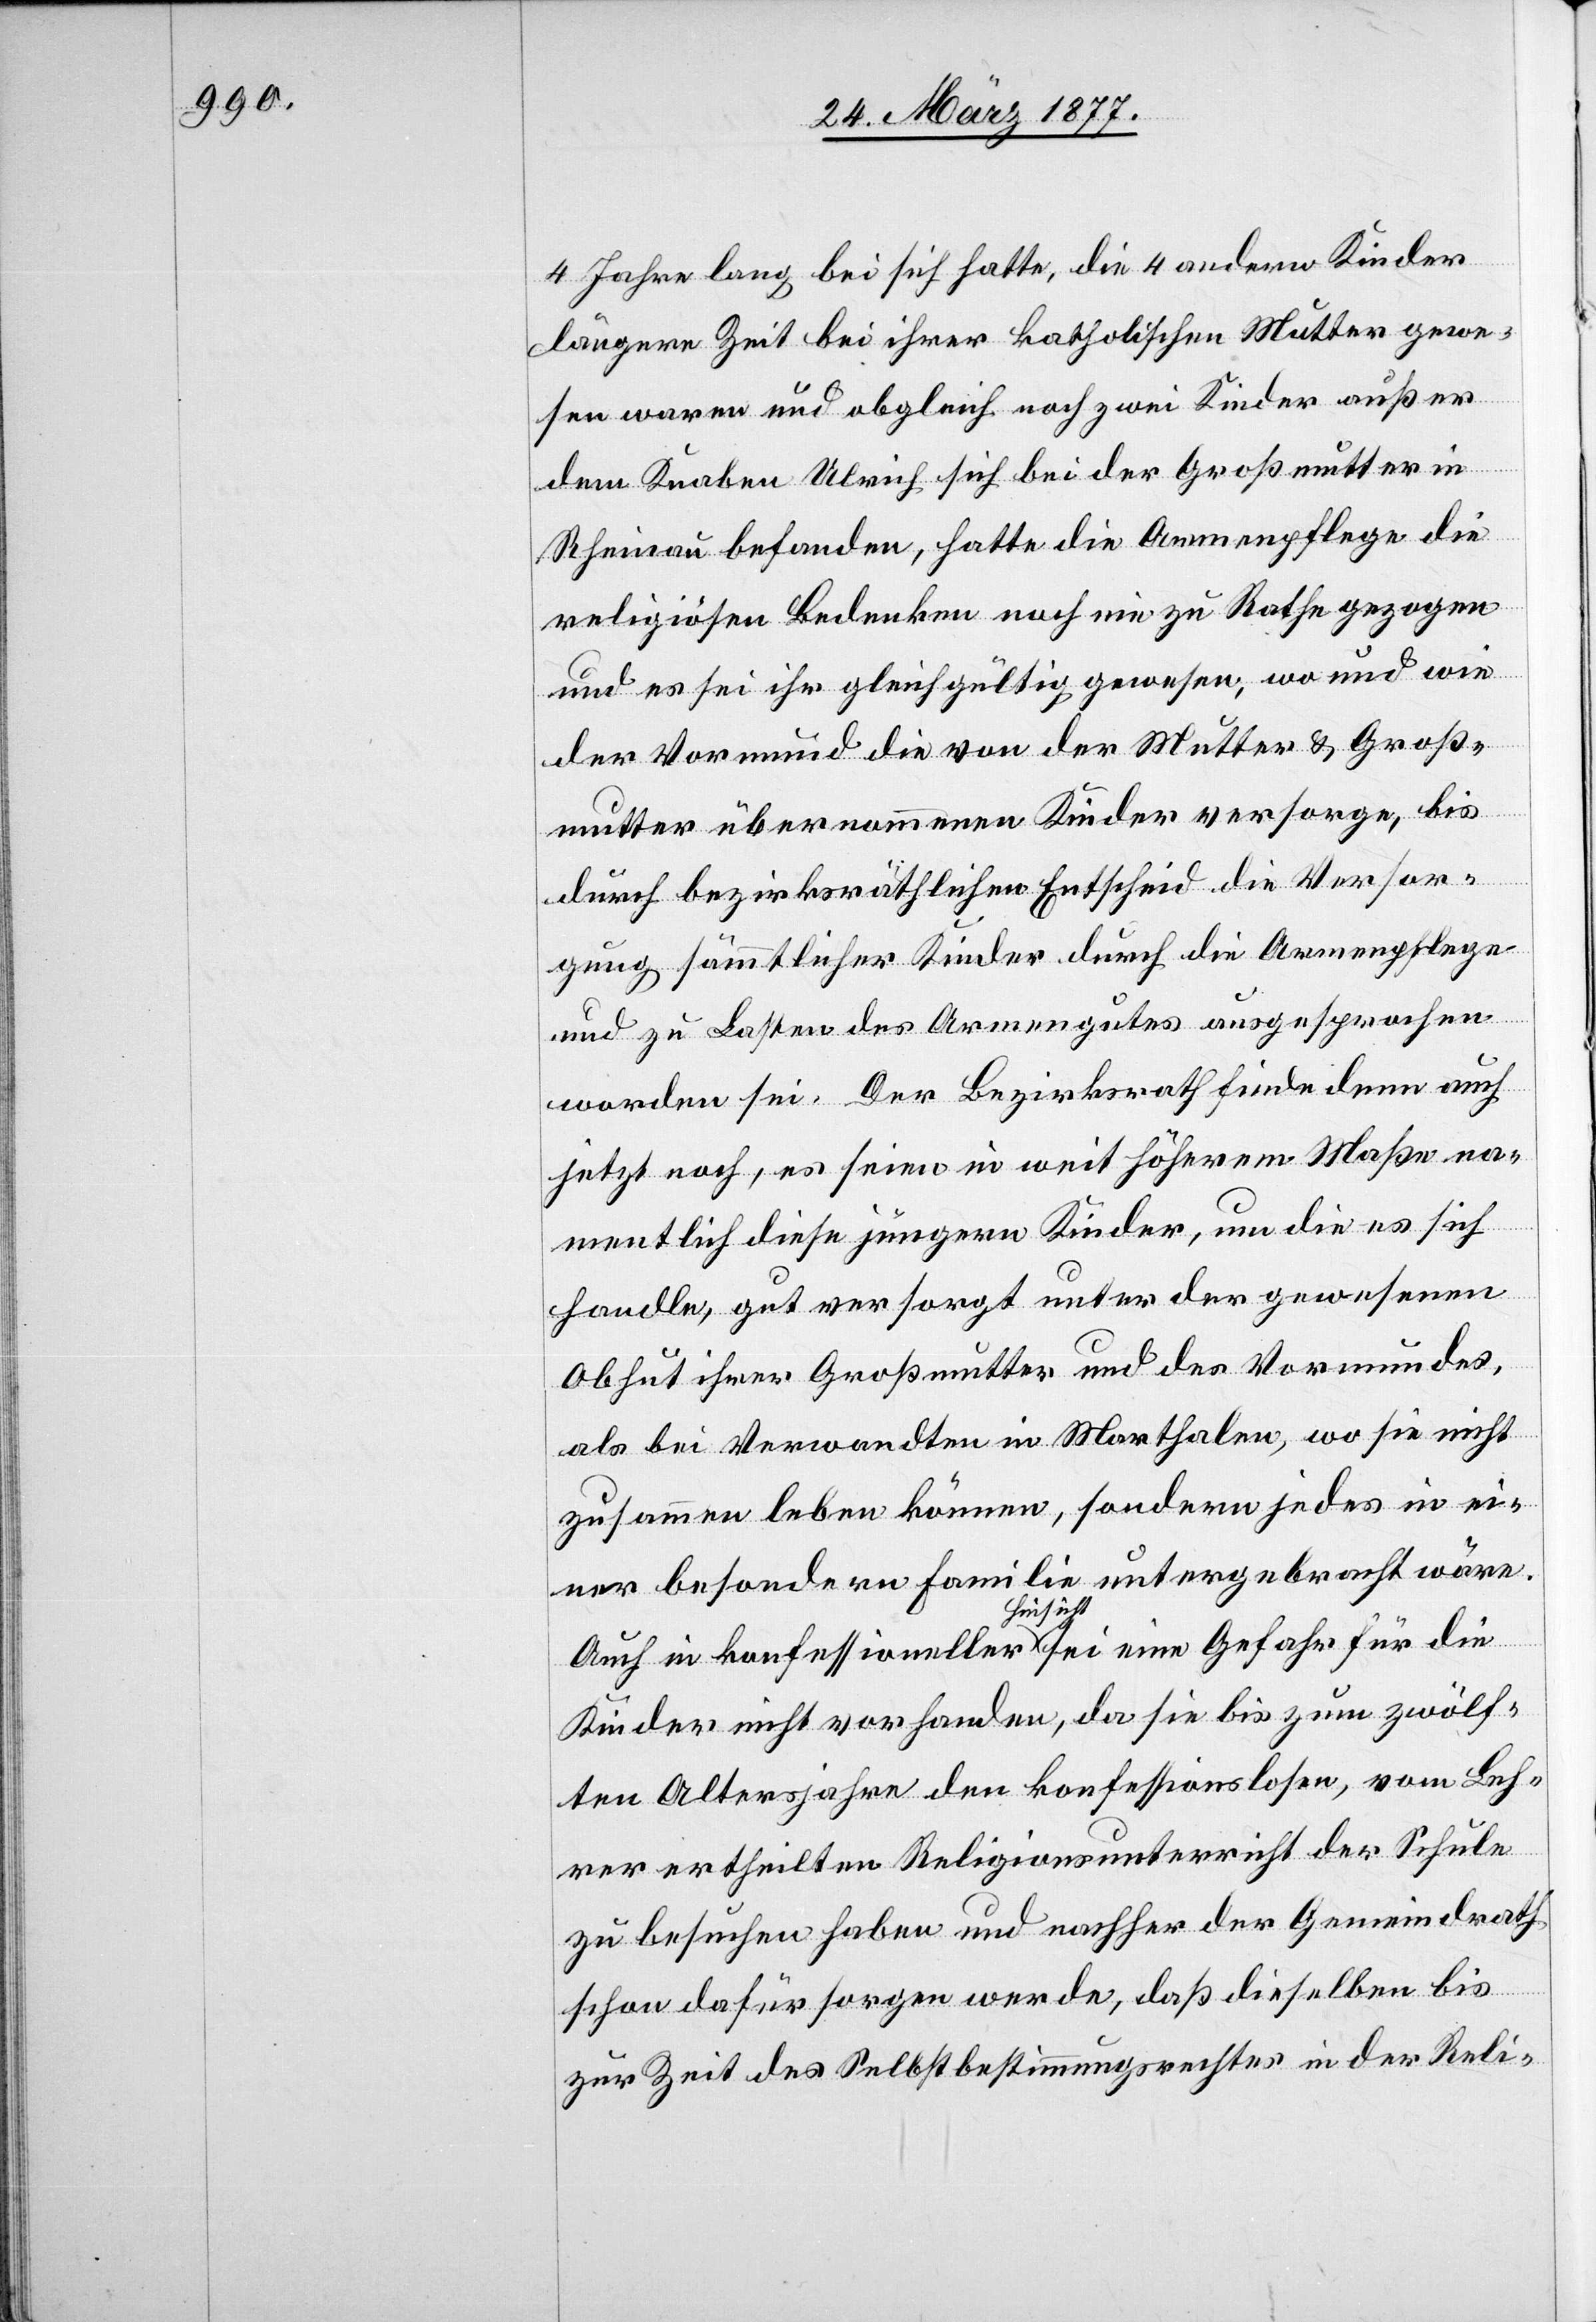
4 Jahre lang bei sich hatte, die 4 andern Kinder
längere Zeit bei ihrer katholischen Mutter gewe¬
sen waren und obgleich noch zwei Kinder außer
dem Knaben Ulrich sich bei der Großmutter in
Rheinau befanden, hatte die Armenpflege die
religiösen Bedenken noch nie zu Rathe gezogen
und es sei ihr gleichgültig gewesen, wo und wie
der Vormund die von der Mutter & Groß¬
mutter übernommenen Kinder versorge, bis
durch bezirksräthlichen Entscheid die Versor¬
gung sämmtlicher Kinder durch die Armenpflege
und zu Lasten des Armengutes ausgesprochen
worden sei. Der Bezirksrath finde denn auch
jetzt noch, es seien in weit höherem Maße na¬
mentlich diese jüngern Kinder, um die es sich
handle, gut versorgt unter der gewesenen
Obhut ihrer Großmutter und des Vormundes,
als bei Verwandten in Marthalen, wo sie nicht
zusammen leben können, sondern jedes in ei¬
ner besondern Familie untergebracht wäre.
Auch in konfessioneller Hinsicht sei eine Gefahr für die
Kinder nicht vorhanden, da sie bis zum zwölf¬
ten Altersjahre den konfessionslosen, vom Leh¬
rer ertheilten Religionsunterricht der Schule
zu besuchen haben und nachher der Gemeindrath
schon dafür sorgen werde, daß dieselben bis
zur Zeit des Selbstbestimmungsrechtes in der Reli-